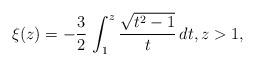
LaTeX: \begin{align*} \xi(z) = -\frac 32\, \int_1^z\frac{\sqrt{t^2-1}}{t}\, dt, z > 1,\end{align*}